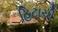
હિટાચી